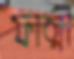
ফাত্মী